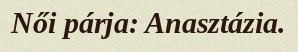
Női párja: Anasztázia.